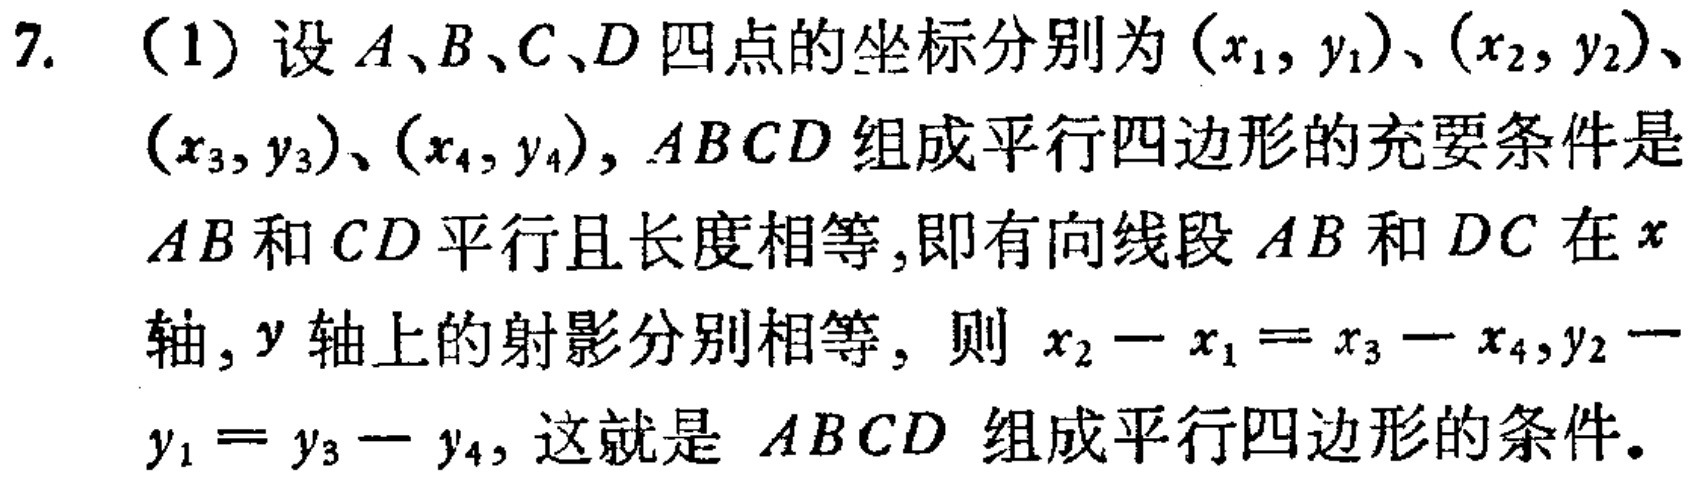
7. （1）设\(A、B、C、D\)四点的坐标分别为\((x_1,y_1)\)、\((x_2,y_2)\)、\((x_3,y_3)\)、\((x_4,y_4)\)，\(ABCD\)组成平行四边形的充要条件是\(AB\)和\(CD\)平行且长度相等，即有向线段\(AB\)和\(DC\)在\(x\)轴，\(y\)轴上的射影分别相等，则\(x_2 - x_1 = x_3 - x_4,y_2 - y_1 = y_3 - y_4\)，这就是 \(ABCD\) 组成平行四边形的条件。